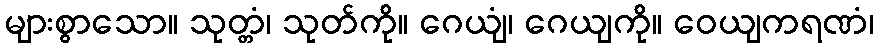
များစွာသော။ သုတ္တံ၊ သုတ်ကို။ ဂေယျံ၊ ဂေယျကို။ ဝေယျကရဏံ၊